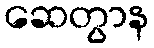
ဆေတွာန